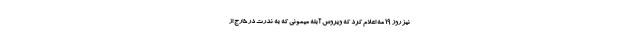
نیز روز ۱۹ مه اعلام کرد که ویروس آبله میمونی که به ندرت در خارج از